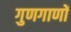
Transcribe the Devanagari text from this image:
गुणगाणों